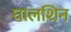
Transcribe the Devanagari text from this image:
घालशिन